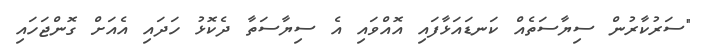
"ސަރުކާރުން ސިޔާސަތެއް ކަނޑައަޅާފައި އޮއްވައި އެ ސިޔާސަތާ ދެކޮޅު ހަދައި އެއަށް ގޮންޖަހައި